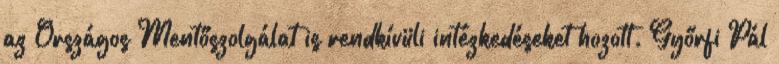
az Országos Mentőszolgálat is rendkívüli intézkedéseket hozott. Győrfi Pál